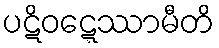
ပဋိဝဋ္ဋေဿာမီတိ